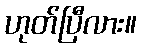
ဟုတ်ပြီလား။